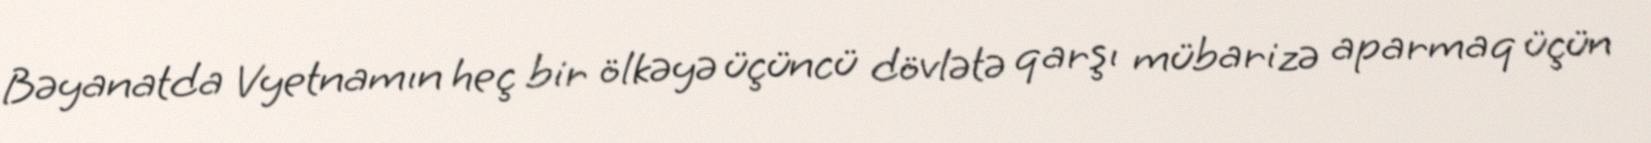
Bəyanatda Vyetnamın heç bir ölkəyə üçüncü dövlətə qarşı mübarizə aparmaq üçün